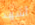
أشهد